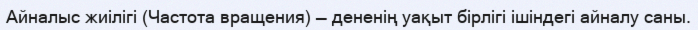
Айналыс жиілігі (Частота вращения) — дененің уақыт бірлігі ішіндегі айналу саны.